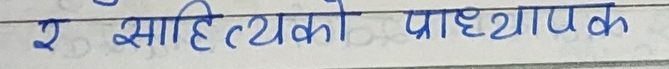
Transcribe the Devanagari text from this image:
र साहित्यको प्राध्यापक